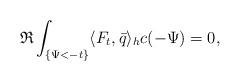
LaTeX: \begin{align*}\mathfrak{R} \int_{\{\Psi<-t\}}\langle F_t,\bar{q}\rangle_hc(-\Psi)=0,\end{align*}